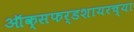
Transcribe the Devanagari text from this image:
ऑक्सफर्डशायरच्या